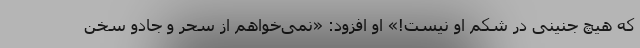
که هیچ جنینی در شکم او نیست!» او افزود: «نمی‌خواهم از سحر و جادو سخن